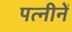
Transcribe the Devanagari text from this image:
पत्नीनें